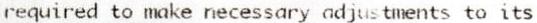
REQUIRED TO MAKE NECESSARY ADJUSTMENTS TO ITS